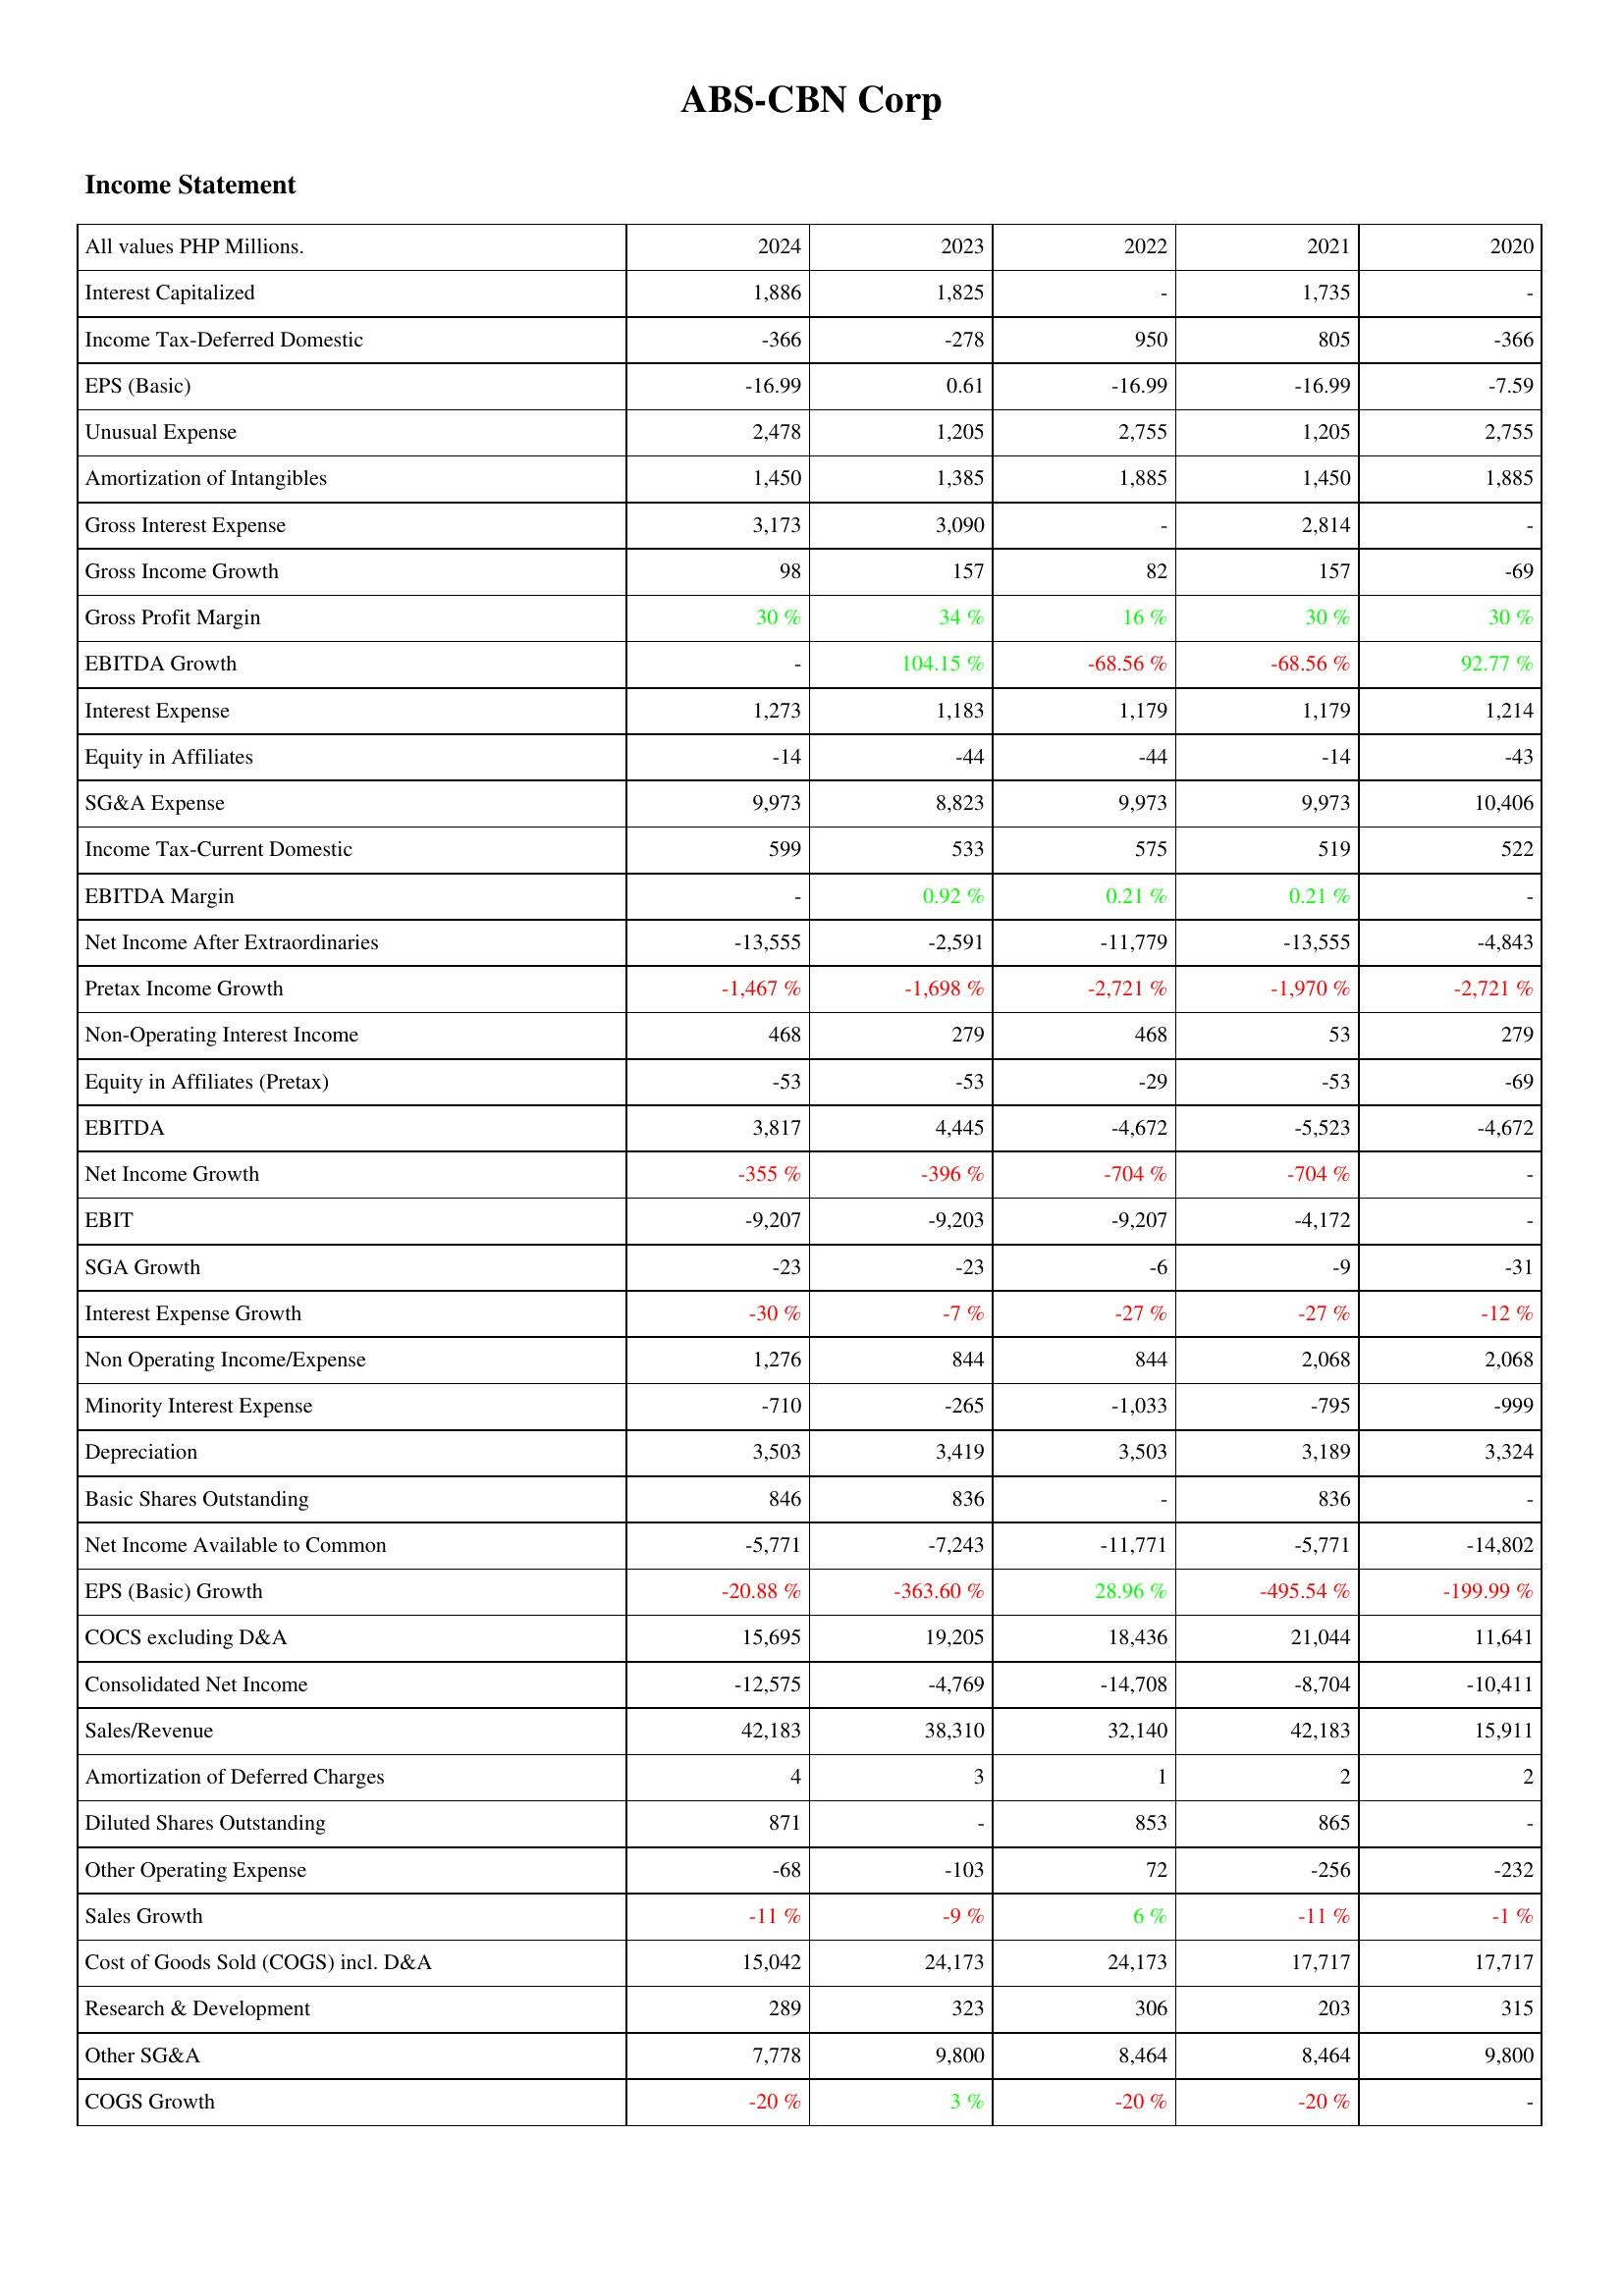
2024: Income Statement: Interest Capitalized: 1,886
Income Tax-Deferred Domestic: -366
EPS (Basic): -16.99
Unusual Expense: 2,478
Amortization of Intangibles: 1,450
Gross Interest Expense: 3,173
Gross Income Growth: 98
Gross Profit Margin: 30 %
EBITDA Growth: -
Interest Expense: 1,273
Equity in Affiliates: -14
SG&A Expense: 9,973
Income Tax-Current Domestic: 599
EBITDA Margin: -
Net Income After Extraordinaries: -13,555
Pretax Income Growth: -1,467 %
Non-Operating Interest Income: 468
Equity in Affiliates (Pretax): -53
EBITDA: 3,817
Net Income Growth: -355 %
EBIT: -9,207
SGA Growth: -23
Interest Expense Growth: -30 %
Non Operating Income/Expense: 1,276
Minority Interest Expense: -710
Depreciation: 3,503
Basic Shares Outstanding: 846
Net Income Available to Common: -5,771
EPS (Basic) Growth: -20.88 %
COCS excluding D&A: 15,695
Consolidated Net Income: -12,575
Sales/Revenue: 42,183
Amortization of Deferred Charges: 4
Diluted Shares Outstanding: 871
Other Operating Expense: -68
Sales Growth: -11 %
Cost of Goods Sold (COGS) incl. D&A: 15,042
Research & Development: 289
Other SG&A: 7,778
COGS Growth: -20 %
2023: Income Statement: Interest Capitalized: 1,825
Income Tax-Deferred Domestic: -278
EPS (Basic): 0.61
Unusual Expense: 1,205
Amortization of Intangibles: 1,385
Gross Interest Expense: 3,090
Gross Income Growth: 157
Gross Profit Margin: 34 %
EBITDA Growth: 104.15 %
Interest Expense: 1,183
Equity in Affiliates: -44
SG&A Expense: 8,823
Income Tax-Current Domestic: 533
EBITDA Margin: 0.92 %
Net Income After Extraordinaries: -2,591
Pretax Income Growth: -1,698 %
Non-Operating Interest Income: 279
Equity in Affiliates (Pretax): -53
EBITDA: 4,445
Net Income Growth: -396 %
EBIT: -9,203
SGA Growth: -23
Interest Expense Growth: -7 %
Non Operating Income/Expense: 844
Minority Interest Expense: -265
Depreciation: 3,419
Basic Shares Outstanding: 836
Net Income Available to Common: -7,243
EPS (Basic) Growth: -363.60 %
COCS excluding D&A: 19,205
Consolidated Net Income: -4,769
Sales/Revenue: 38,310
Amortization of Deferred Charges: 3
Diluted Shares Outstanding: -
Other Operating Expense: -103
Sales Growth: -9 %
Cost of Goods Sold (COGS) incl. D&A: 24,173
Research & Development: 323
Other SG&A: 9,800
COGS Growth: 3 %
2022: Income Statement: Interest Capitalized: -
Income Tax-Deferred Domestic: 950
EPS (Basic): -16.99
Unusual Expense: 2,755
Amortization of Intangibles: 1,885
Gross Interest Expense: -
Gross Income Growth: 82
Gross Profit Margin: 16 %
EBITDA Growth: -68.56 %
Interest Expense: 1,179
Equity in Affiliates: -44
SG&A Expense: 9,973
Income Tax-Current Domestic: 575
EBITDA Margin: 0.21 %
Net Income After Extraordinaries: -11,779
Pretax Income Growth: -2,721 %
Non-Operating Interest Income: 468
Equity in Affiliates (Pretax): -29
EBITDA: -4,672
Net Income Growth: -704 %
EBIT: -9,207
SGA Growth: -6
Interest Expense Growth: -27 %
Non Operating Income/Expense: 844
Minority Interest Expense: -1,033
Depreciation: 3,503
Basic Shares Outstanding: -
Net Income Available to Common: -11,771
EPS (Basic) Growth: 28.96 %
COCS excluding D&A: 18,436
Consolidated Net Income: -14,708
Sales/Revenue: 32,140
Amortization of Deferred Charges: 1
Diluted Shares Outstanding: 853
Other Operating Expense: 72
Sales Growth: 6 %
Cost of Goods Sold (COGS) incl. D&A: 24,173
Research & Development: 306
Other SG&A: 8,464
COGS Growth: -20 %
2021: Income Statement: Interest Capitalized: 1,735
Income Tax-Deferred Domestic: 805
EPS (Basic): -16.99
Unusual Expense: 1,205
Amortization of Intangibles: 1,450
Gross Interest Expense: 2,814
Gross Income Growth: 157
Gross Profit Margin: 30 %
EBITDA Growth: -68.56 %
Interest Expense: 1,179
Equity in Affiliates: -14
SG&A Expense: 9,973
Income Tax-Current Domestic: 519
EBITDA Margin: 0.21 %
Net Income After Extraordinaries: -13,555
Pretax Income Growth: -1,970 %
Non-Operating Interest Income: 53
Equity in Affiliates (Pretax): -53
EBITDA: -5,523
Net Income Growth: -704 %
EBIT: -4,172
SGA Growth: -9
Interest Expense Growth: -27 %
Non Operating Income/Expense: 2,068
Minority Interest Expense: -795
Depreciation: 3,189
Basic Shares Outstanding: 836
Net Income Available to Common: -5,771
EPS (Basic) Growth: -495.54 %
COCS excluding D&A: 21,044
Consolidated Net Income: -8,704
Sales/Revenue: 42,183
Amortization of Deferred Charges: 2
Diluted Shares Outstanding: 865
Other Operating Expense: -256
Sales Growth: -11 %
Cost of Goods Sold (COGS) incl. D&A: 17,717
Research & Development: 203
Other SG&A: 8,464
COGS Growth: -20 %
2020: Income Statement: Interest Capitalized: -
Income Tax-Deferred Domestic: -366
EPS (Basic): -7.59
Unusual Expense: 2,755
Amortization of Intangibles: 1,885
Gross Interest Expense: -
Gross Income Growth: -69
Gross Profit Margin: 30 %
EBITDA Growth: 92.77 %
Interest Expense: 1,214
Equity in Affiliates: -43
SG&A Expense: 10,406
Income Tax-Current Domestic: 522
EBITDA Margin: -
Net Income After Extraordinaries: -4,843
Pretax Income Growth: -2,721 %
Non-Operating Interest Income: 279
Equity in Affiliates (Pretax): -69
EBITDA: -4,672
Net Income Growth: -
EBIT: -
SGA Growth: -31
Interest Expense Growth: -12 %
Non Operating Income/Expense: 2,068
Minority Interest Expense: -999
Depreciation: 3,324
Basic Shares Outstanding: -
Net Income Available to Common: -14,802
EPS (Basic) Growth: -199.99 %
COCS excluding D&A: 11,641
Consolidated Net Income: -10,411
Sales/Revenue: 15,911
Amortization of Deferred Charges: 2
Diluted Shares Outstanding: -
Other Operating Expense: -232
Sales Growth: -1 %
Cost of Goods Sold (COGS) incl. D&A: 17,717
Research & Development: 315
Other SG&A: 9,800
COGS Growth: -